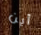
أين